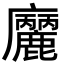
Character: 𢌒